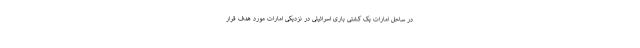
در ساحل امارات یک کشتی باری اسرائیلی در نزدیکی امارات مورد هدف قرار